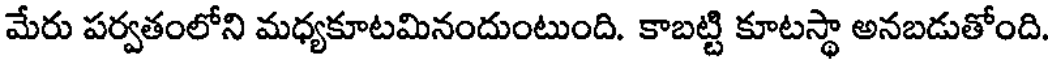
మేరు పర్వతంలోని మధ్యకూటమినందుంటుంది. కాబట్టి కూటస్థా అనబడుతోంది